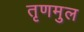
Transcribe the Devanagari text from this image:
तृणमुल